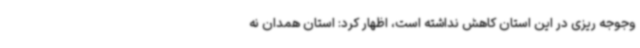
وجوجه ریزی در این استان کاهش نداشته است، اظهار کرد: استان همدان نه